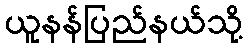
ယူနန်ပြည်နယ်သို့